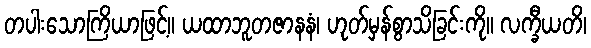
တပါးသောကြိယာဖြင့်။ ယထာဘူတဇာနနံ၊ ဟုတ်မှန်စွာသိခြင်းကို။ လက္ခီယတိ၊